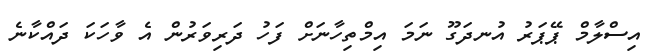
އިސްލާމް ޕޭޕަރު އުނދަގޫ ނަމަ އިމްތިހާނަށް ފަހު ދަރިވަރުން އެ ވާހަކަ ދައްކާނެ